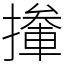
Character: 撪